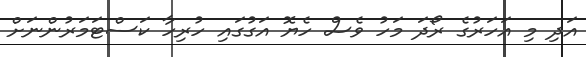
އަދި މި އަހަރުގެ ރޯދަ މަހު ވެސް ހެޔޮ އަގުގައި ހުރިހާ ކަސްޓަމަރުންނަށް